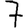
Digit: 7